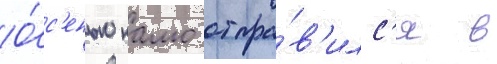
О́с'енью камо отпра́в'илс'я в